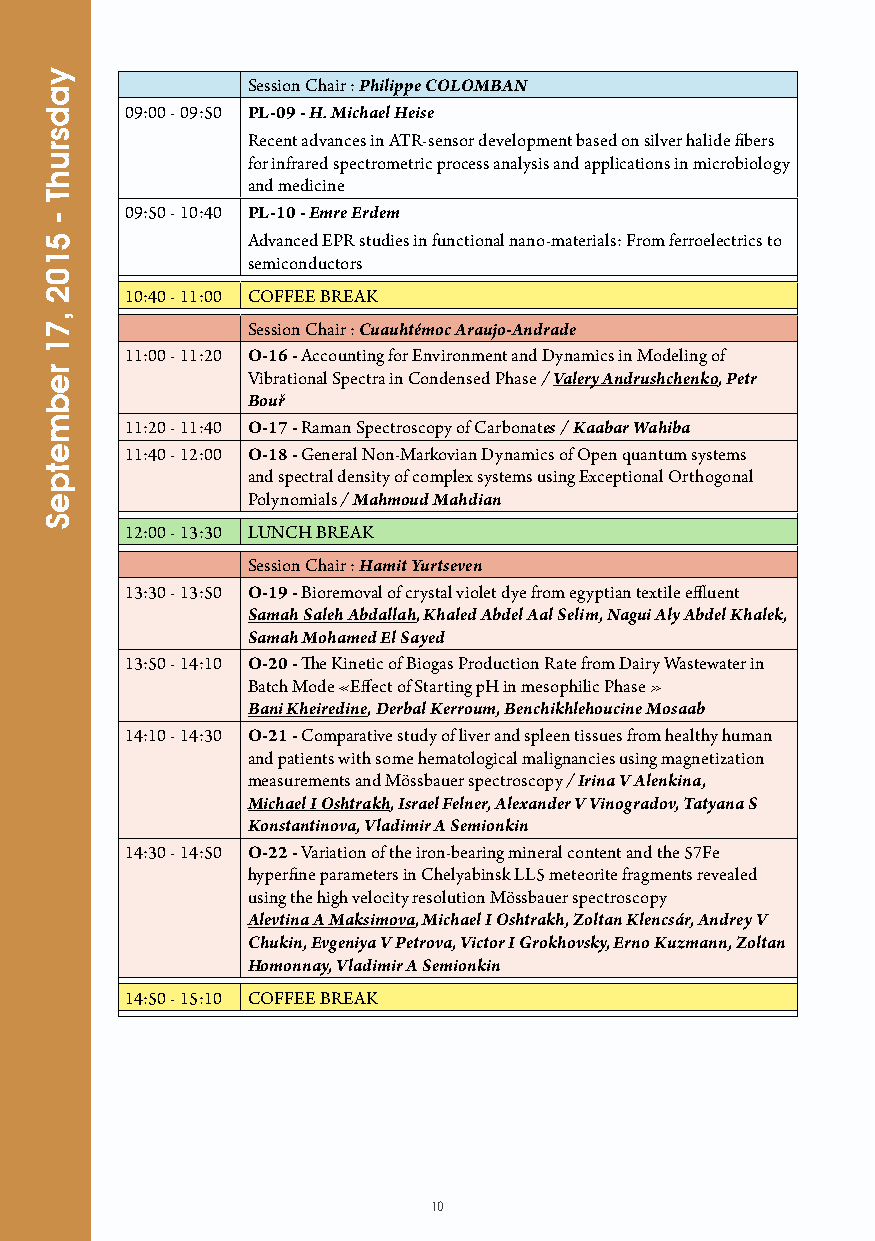
Session Chair : Philippe COLOMBAN
 09:00 - 09:50 PL-09 - H. Michael Heise
 Recent advances in ATR-sensor development based on silver halide fibers
 for infrared spectrometric process analysis and applications in microbiology
 and medicine
 09:50 - 10:40 PL-10 - Emre Erdem
 Advanced EPR studies in functional nano-materials: From ferroelectrics to
 semiconductors
 10:40 - 11:00 COFFEE BREAK
 Session Chair : Cuauhtémoc Araujo-Andrade
 11:00 - 11:20 O-16 - Accounting for Environment and Dynamics in Modeling of
 Vibrational Spectra in Condensed Phase / Valery Andrushchenko, Petr
 Bouř
 11:20 - 11:40 O-17 - Raman Spectroscopy of Carbonates / Kaabar Wahiba
 11:40 - 12:00 O-18 - General Non-Markovian Dynamics of Open quantum systems
 and spectral density of complex systems using Exceptional Orthogonal
 Polynomials / Mahmoud Mahdian
 12:00 - 13:30 LUNCH BREAK
 Session Chair : Hamit Yurtseven
 13:30 - 13:50 O-19 - Bioremoval of crystal violet dye from egyptian textile effluent
 Samah Saleh Abdallah, Khaled Abdel Aal Selim, Nagui Aly Abdel Khalek,
 Samah Mohamed El Sayed
 13:50 - 14:10 O-20 - The Kinetic of Biogas Production Rate from Dairy Wastewater in
 Batch Mode «Effect of Starting pH in mesophilic Phase »
 Bani Kheiredine, Derbal Kerroum, Benchikhlehoucine Mosaab
 14:10 - 14:30 O-21 - Comparative study of liver and spleen tissues from healthy human
 and patients with some hematological malignancies using magnetization
 measurements and Mössbauer spectroscopy / Irina V Alenkina,
 Michael I Oshtrakh, Israel Felner, Alexander V Vinogradov, Tatyana S
 Konstantinova, Vladimir A Semionkin
 14:30 - 14:50 O-22 - Variation of the iron-bearing mineral content and the 57Fe
 hyperfine parameters in Chelyabinsk LL5 meteorite fragments revealed
 using the high velocity resolution Mössbauer spectroscopy
 Alevtina A Maksimova, Michael I Oshtrakh, Zoltan Klencsár, Andrey V
 Chukin, Evgeniya V Petrova, Victor I Grokhovsky, Erno Kuzmann, Zoltan
 Homonnay, Vladimir A Semionkin
 14:50 - 15:10 COFFEE BREAK
 10
 yadsruhT
 -
 5102
 ,71
 rebmetpeS